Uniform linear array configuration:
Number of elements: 24
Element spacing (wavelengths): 0.5
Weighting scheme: hamming
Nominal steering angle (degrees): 0
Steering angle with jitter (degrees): -0.4516
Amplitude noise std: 0.05
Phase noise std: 0.05

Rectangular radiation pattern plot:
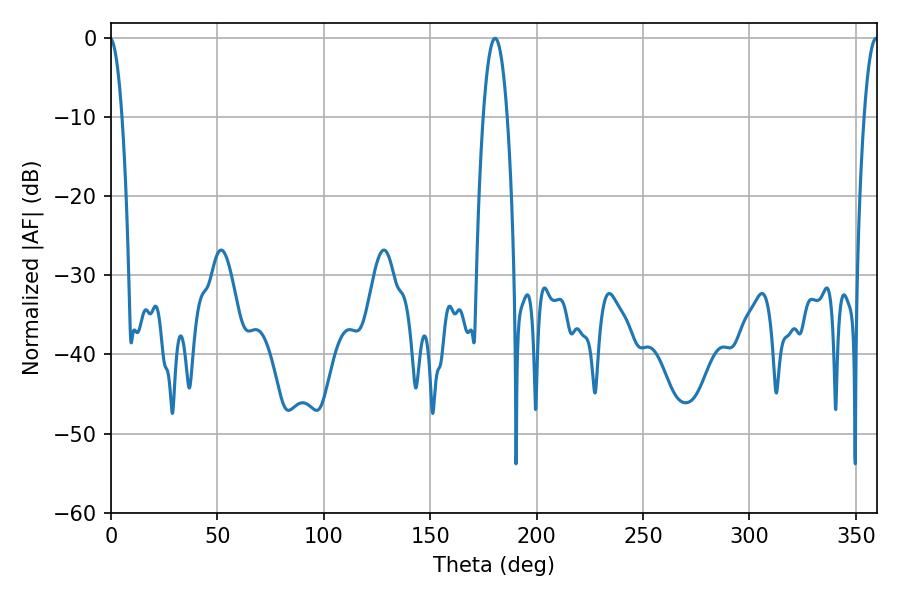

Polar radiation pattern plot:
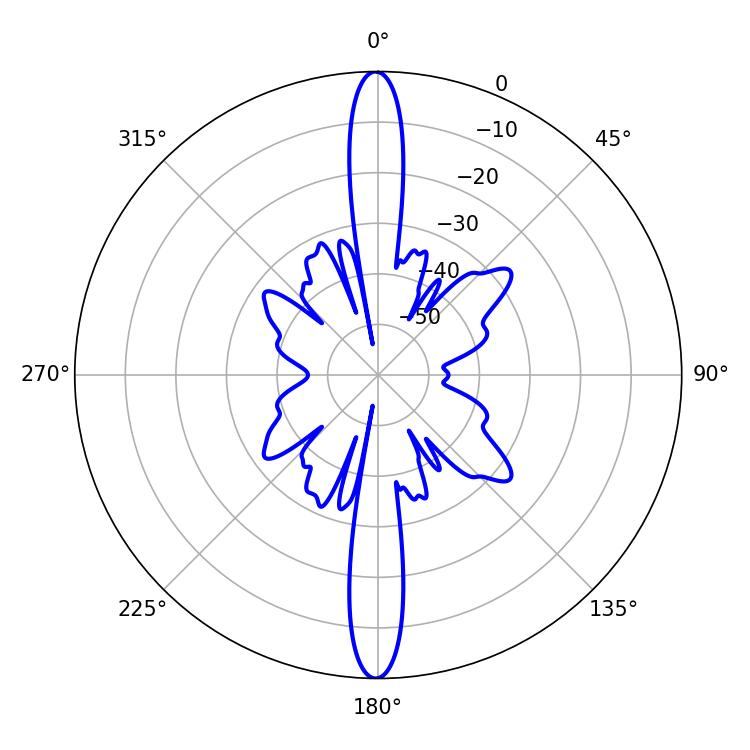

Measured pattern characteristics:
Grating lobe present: FALSE
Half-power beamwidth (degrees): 6.3
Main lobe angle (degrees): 180.54